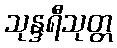
သုန္ဒရီသုတ္တ